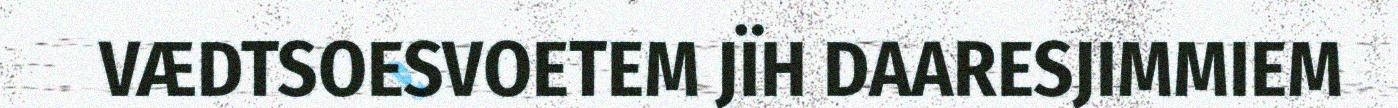
VÆDTSOESVOETEM JÏH DAARESJIMMIEM